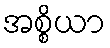
အစ္စိယာ